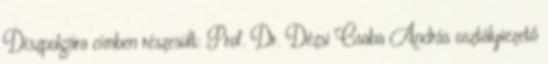
Díszpolgára címben részesült: Prof. Dr. Dézsi Csaba András osztályvezető